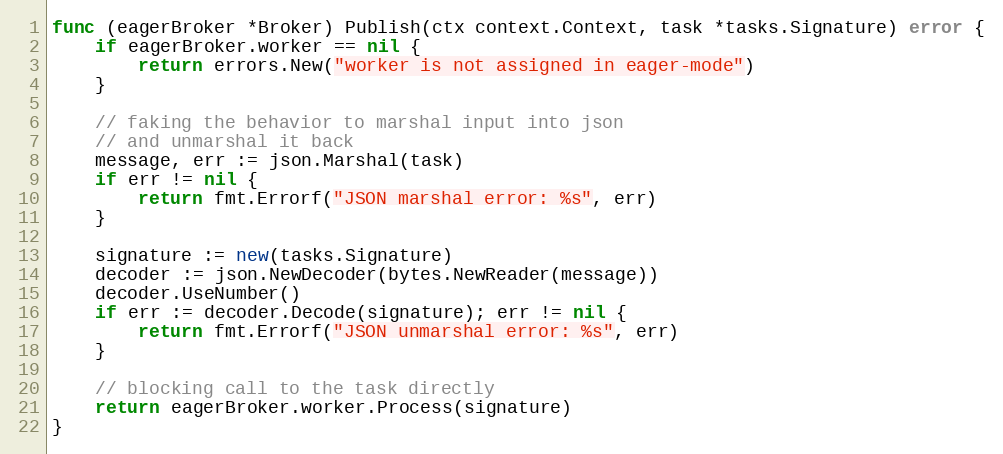
Language: Go
func (eagerBroker *Broker) Publish(ctx context.Context, task *tasks.Signature) error {
	if eagerBroker.worker == nil {
		return errors.New("worker is not assigned in eager-mode")
	}

	// faking the behavior to marshal input into json
	// and unmarshal it back
	message, err := json.Marshal(task)
	if err != nil {
		return fmt.Errorf("JSON marshal error: %s", err)
	}

	signature := new(tasks.Signature)
	decoder := json.NewDecoder(bytes.NewReader(message))
	decoder.UseNumber()
	if err := decoder.Decode(signature); err != nil {
		return fmt.Errorf("JSON unmarshal error: %s", err)
	}

	// blocking call to the task directly
	return eagerBroker.worker.Process(signature)
}